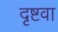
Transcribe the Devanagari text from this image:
दृष्टवा